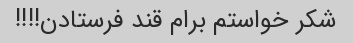
شکر خواستم برام قند فرستادن!!!!